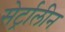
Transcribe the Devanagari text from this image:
सेर्ट्रालीन